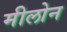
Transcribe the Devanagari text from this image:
मीलोन